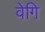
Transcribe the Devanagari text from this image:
वेगि